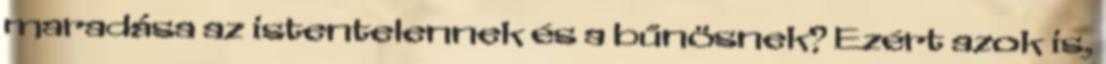
maradása az istentelennek és a bűnösnek? Ezért azok is,